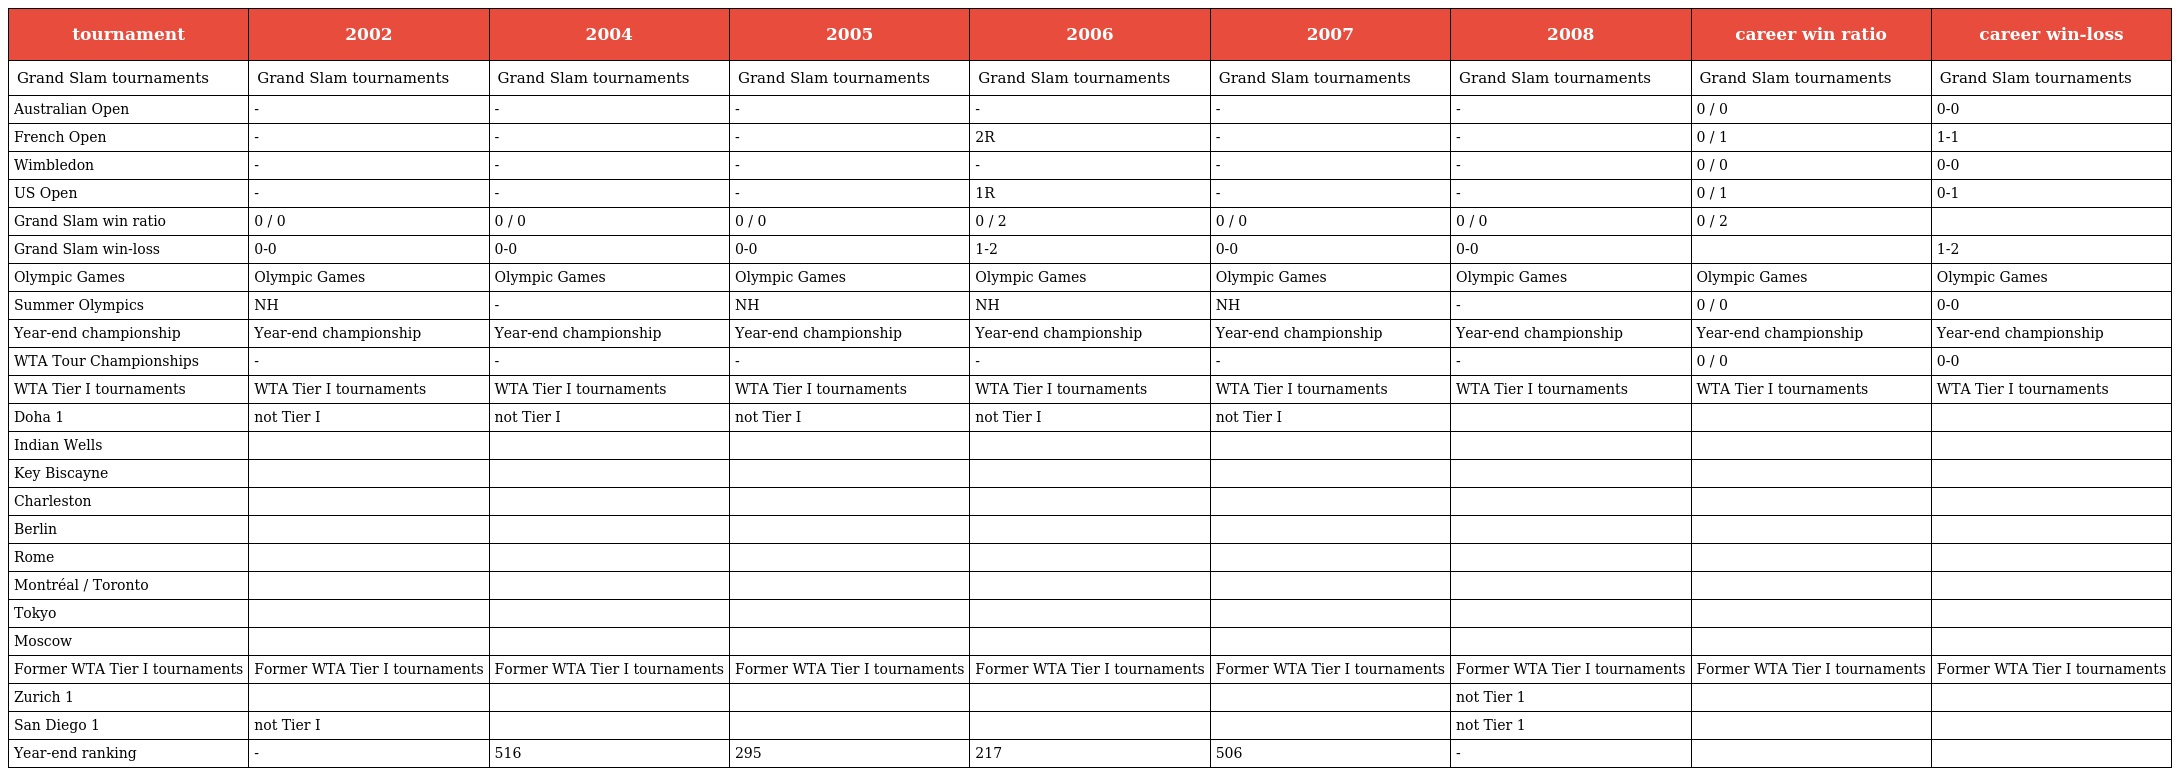
| tournament | 2002 | 2004 | 2005 | 2006 | 2007 | 2008 | career win ratio | career win-loss |
 | --- | --- | --- | --- | --- | --- | --- | --- | --- |
 | Grand Slam tournaments | Grand Slam tournaments | Grand Slam tournaments | Grand Slam tournaments | Grand Slam tournaments | Grand Slam tournaments | Grand Slam tournaments | Grand Slam tournaments | Grand Slam tournaments |
 | Australian Open | - | - | - | - | - | - | 0 / 0 | 0-0 |
 | French Open | - | - | - | 2R | - | - | 0 / 1 | 1-1 |
 | Wimbledon | - | - | - | - | - | - | 0 / 0 | 0-0 |
 | US Open | - | - | - | 1R | - | - | 0 / 1 | 0-1 |
 | Grand Slam win ratio | 0 / 0 | 0 / 0 | 0 / 0 | 0 / 2 | 0 / 0 | 0 / 0 | 0 / 2 |  |
 | Grand Slam win-loss | 0-0 | 0-0 | 0-0 | 1-2 | 0-0 | 0-0 |  | 1-2 |
 | Olympic Games | Olympic Games | Olympic Games | Olympic Games | Olympic Games | Olympic Games | Olympic Games | Olympic Games | Olympic Games |
 | Summer Olympics | NH | - | NH | NH | NH | - | 0 / 0 | 0-0 |
 | Year-end championship | Year-end championship | Year-end championship | Year-end championship | Year-end championship | Year-end championship | Year-end championship | Year-end championship | Year-end championship |
 | WTA Tour Championships | - | - | - | - | - | - | 0 / 0 | 0-0 |
 | WTA Tier I tournaments | WTA Tier I tournaments | WTA Tier I tournaments | WTA Tier I tournaments | WTA Tier I tournaments | WTA Tier I tournaments | WTA Tier I tournaments | WTA Tier I tournaments | WTA Tier I tournaments |
 | Doha 1 | not Tier I | not Tier I | not Tier I | not Tier I | not Tier I |  |  |  |
 | Indian Wells |  |  |  |  |  |  |  |  |
 | Key Biscayne |  |  |  |  |  |  |  |  |
 | Charleston |  |  |  |  |  |  |  |  |
 | Berlin |  |  |  |  |  |  |  |  |
 | Rome |  |  |  |  |  |  |  |  |
 | Montréal / Toronto |  |  |  |  |  |  |  |  |
 | Tokyo |  |  |  |  |  |  |  |  |
 | Moscow |  |  |  |  |  |  |  |  |
 | Former WTA Tier I tournaments | Former WTA Tier I tournaments | Former WTA Tier I tournaments | Former WTA Tier I tournaments | Former WTA Tier I tournaments | Former WTA Tier I tournaments | Former WTA Tier I tournaments | Former WTA Tier I tournaments | Former WTA Tier I tournaments |
 | Zurich 1 |  |  |  |  |  | not Tier 1 |  |  |
 | San Diego 1 | not Tier I |  |  |  |  | not Tier 1 |  |  |
 | Year-end ranking | - | 516 | 295 | 217 | 506 | - |  |  |